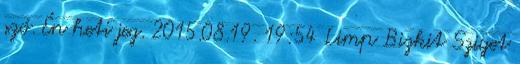
szó. Én heti jeg. 2015.08.19. 19:54 Limp Bizkit Sziget